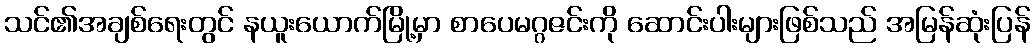
သင်၏အချစ်ရေးတွင် နယူးယောက်မြို့မှာ စာပေမဂ္ဂဇင်းကို ဆောင်းပါးများဖြစ်သည် အမြန်ဆုံးပြန်